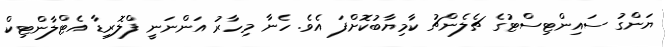
ޔަންގު ސައިންޓިސްޓުގެ ޗެލެންޗު ކާމިޔާބުކޮށްފަ އެވެ. ހެނާ މިހާރު އަންނަނީ ފްލޮރިޑާ އެޓްލާންޓިކް